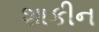
શાકીન